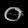
Digit: ၀